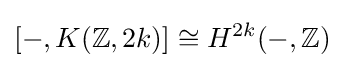
[-,K(\mathbb {Z} ,2k)]\cong H^{2k}(-,\mathbb {Z} )